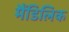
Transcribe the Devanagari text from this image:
मैंडिलिक